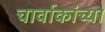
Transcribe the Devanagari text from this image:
चार्वाकांच्या